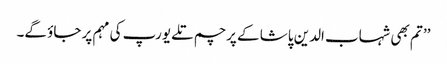
’’ تم بھی شہاب الدین پاشا کے پرچم تلے یورپ کی مہم پر جاؤ گے۔